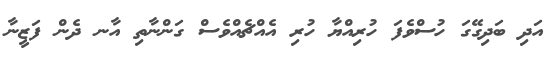
އަދި ބަދިގޭގަ ހުސްވެފަ ހުރިއްޔާ ހުރި އެއްޗެއްވެސް ގަންނާތި އާނ ދެން ފަޒީނާ